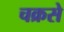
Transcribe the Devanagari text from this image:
चक्रसे